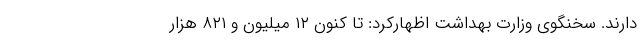
دارند. سخنگوی وزارت بهداشت اظهارکرد: تا کنون ۱۲ میلیون و ۸۲۱ هزار